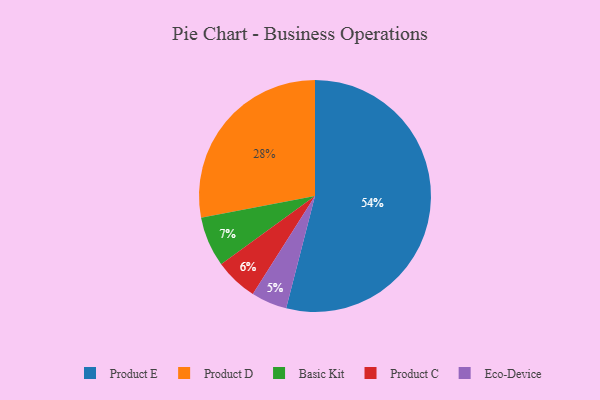
{"axis": {"x": "Category", "y": "Percentage"}, "legend": ["Basic Kit", "Eco-Device", "Product C", "Product D", "Product E"], "data": [{"x": "Eco-Device", "y": 5, "type": "Eco-Device"}, {"x": "Product C", "y": 6, "type": "Product C"}, {"x": "Product D", "y": 28, "type": "Product D"}, {"x": "Basic Kit", "y": 7, "type": "Basic Kit"}, {"x": "Product E", "y": 54, "type": "Product E"}]}